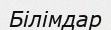
Білімдар